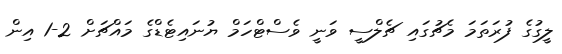
ލީގުގެ ފުރަތަމަ މެޗުގައި ޗެލްސީ ވަނީ ވެސްޓްހަމް ޔުނައިޓެޑްގެ މައްޗަށް 2-1 އިން